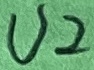
Text: U2